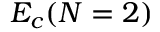
E _ { c } ( N = 2 )